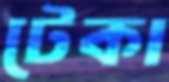
টেকা